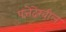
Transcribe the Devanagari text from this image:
पत्तेदेखील